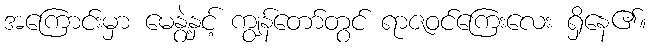
အကြောင်းမှာ မေနွဲ့နှင့် ကျွန်တော်တွင် ရာဇဝင်ကြေးလေး ရှိနေ၏။